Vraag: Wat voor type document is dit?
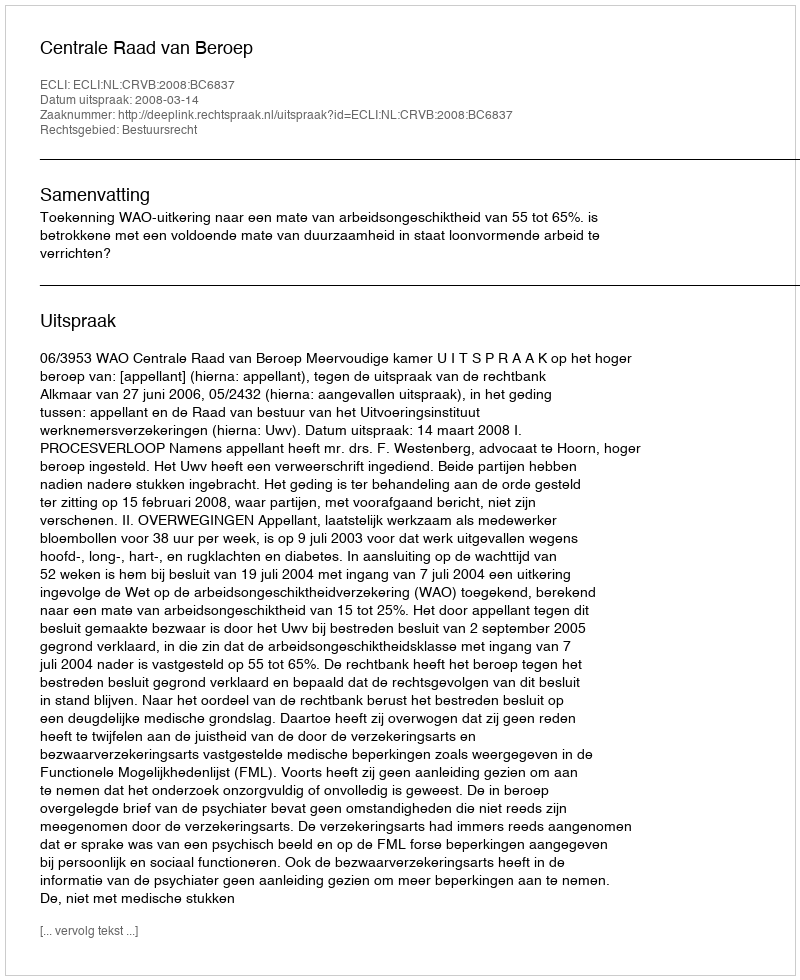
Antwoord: Uitspraak